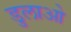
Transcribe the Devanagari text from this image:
डुलाओ